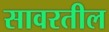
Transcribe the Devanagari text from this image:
सावरतील